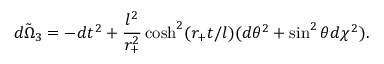
\tilde { d \Omega _ { 3 } } = - d t ^ { 2 } + \frac { l ^ { 2 } } { r _ { + } ^ { 2 } } \cosh ^ { 2 } ( r _ { + } t / l ) ( d \theta ^ { 2 } + \sin ^ { 2 } \theta d \chi ^ { 2 } ) .